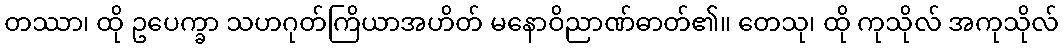
တဿာ၊ ထို ဥပေက္ခာ သဟဂုတ်ကြိယာအဟိတ် မနောဝိညာဏ်ဓာတ်၏။ တေသု၊ ထို ကုသိုလ် အကုသိုလ်